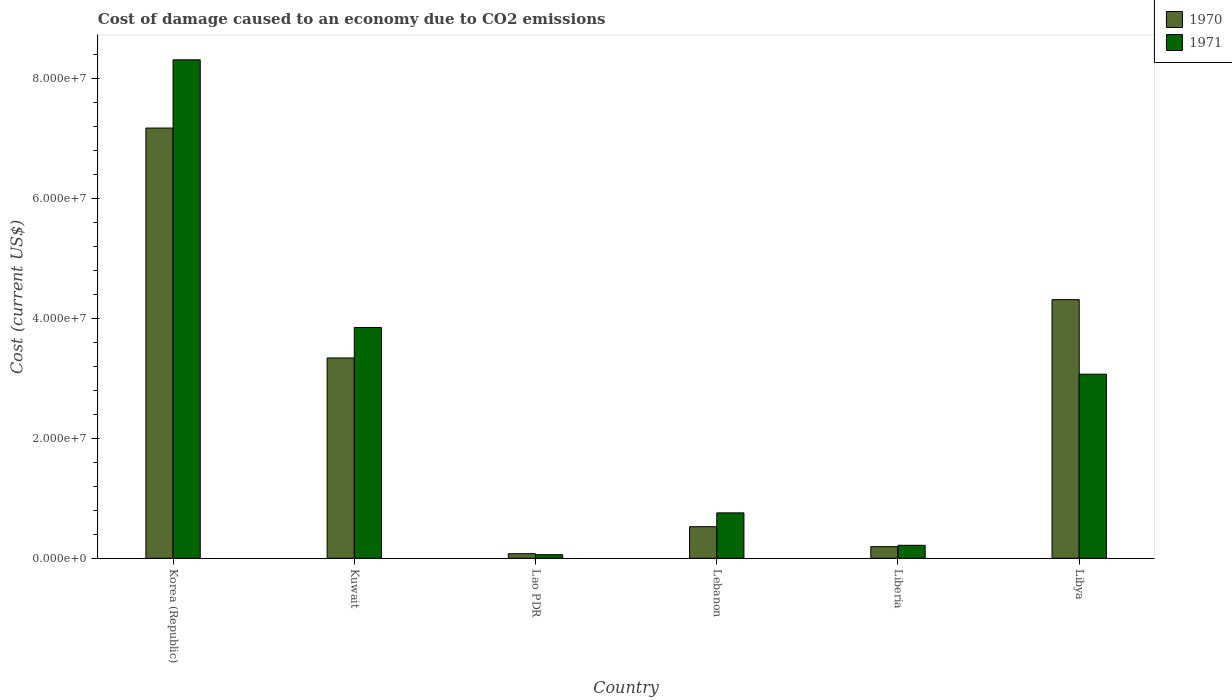
| Country | 1970 | 1971 |
 | --- | --- | --- |
 | Korea (Republic) | 7.18e+07 | 8.32e+07 |
 | Kuwait | 3.34e+07 | 3.85e+07 |
 | Lao PDR | 7.64e+05 | 5.98e+05 |
 | Lebanon | 5.27e+06 | 7.58e+06 |
 | Liberia | 1.94e+06 | 2.16e+06 |
 | Libya | 4.32e+07 | 3.07e+07 |